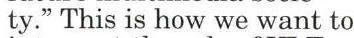
ty." This is how we want to